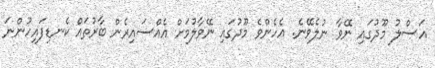
އަސްލު މޫދުގައި ނޭވާ ނުލެވޭނެ. އެހެންވެ މޫދުގައި ނޭވާލުމަށް އެއްސައިރެން ބާރުތައް ކެނޑިފައިހުންނަ